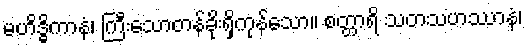
မဟိဒ္ဓိကာနံ၊ ကြီးသောတန်ခိုးရှိကုန်သော။ စတ္တာရိ သတသဟဿာနံ၊